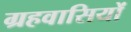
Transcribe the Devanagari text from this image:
ग्रहवासियों